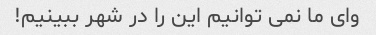
وای ما نمی توانیم این را در شهر ببینیم!